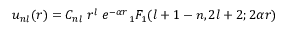
u _ { n l } ( r ) = C _ { n l } \; r ^ { l } \; e ^ { - \alpha r } { } _ { 1 } F _ { 1 } ( l + 1 - n , 2 l + 2 ; 2 \alpha r )